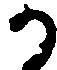
か